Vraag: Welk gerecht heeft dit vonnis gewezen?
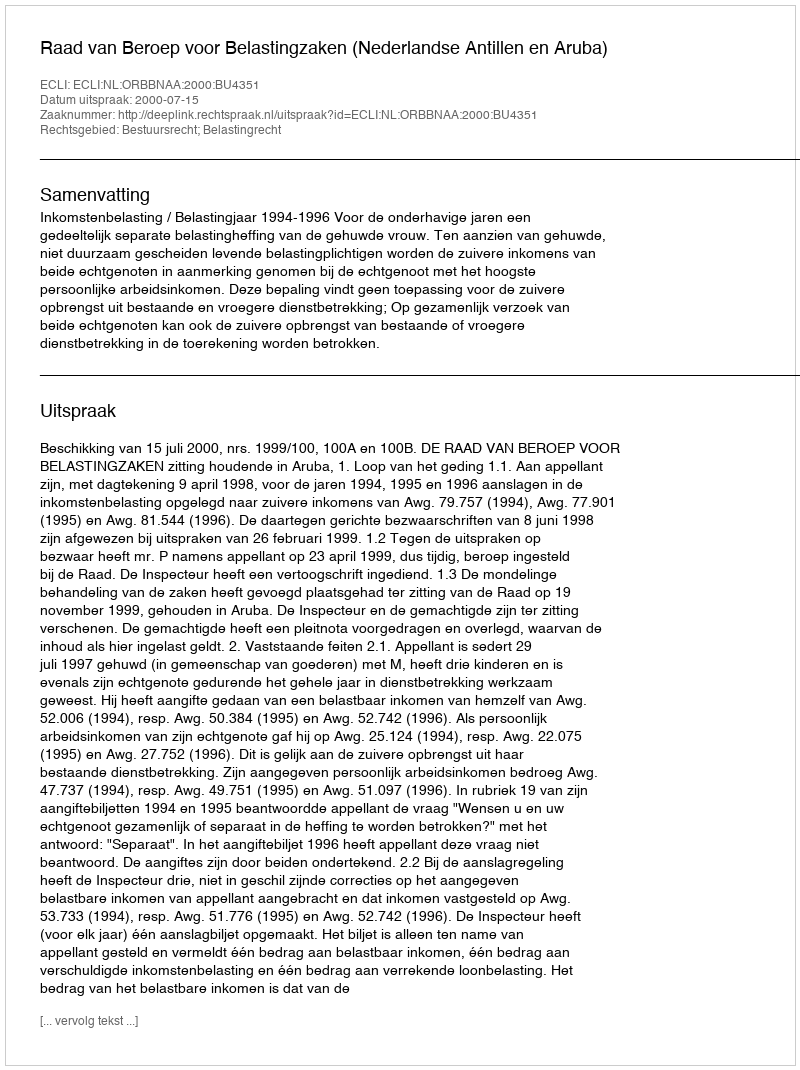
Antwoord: Raad van Beroep voor Belastingzaken (Nederlandse Antillen en Aruba)